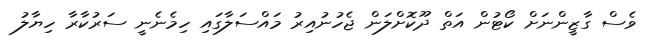
ވެސް ގާޒީންނަށް ކޯޓުން އަތް ދޫކޮށްލަން ޖެހުނުއިރު މައްސަލާގައި ހިމެނެނީ ސަރުކާރާ ހިޔާލު